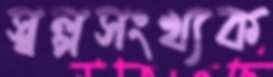
স্বল্পসংখ্যক